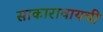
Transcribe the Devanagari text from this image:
साकारावायची